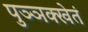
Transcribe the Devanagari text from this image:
पुञ्ञक्खेतं